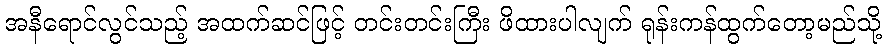
အနီရောင်လွင်သည့် အထက်ဆင်ဖြင့် တင်းတင်းကြီး ဖိထားပါလျက် ရုန်းကန်ထွက်တော့မည်သို့